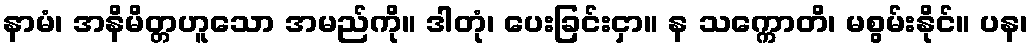
နာမံ၊ အနိမိတ္တဟူသော အမည်ကို။ ဒါတုံ၊ ပေးခြင်းငှာ။ န သက္ကောတိ၊ မစွမ်းနိုင်။ ပန၊